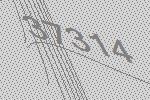
37314